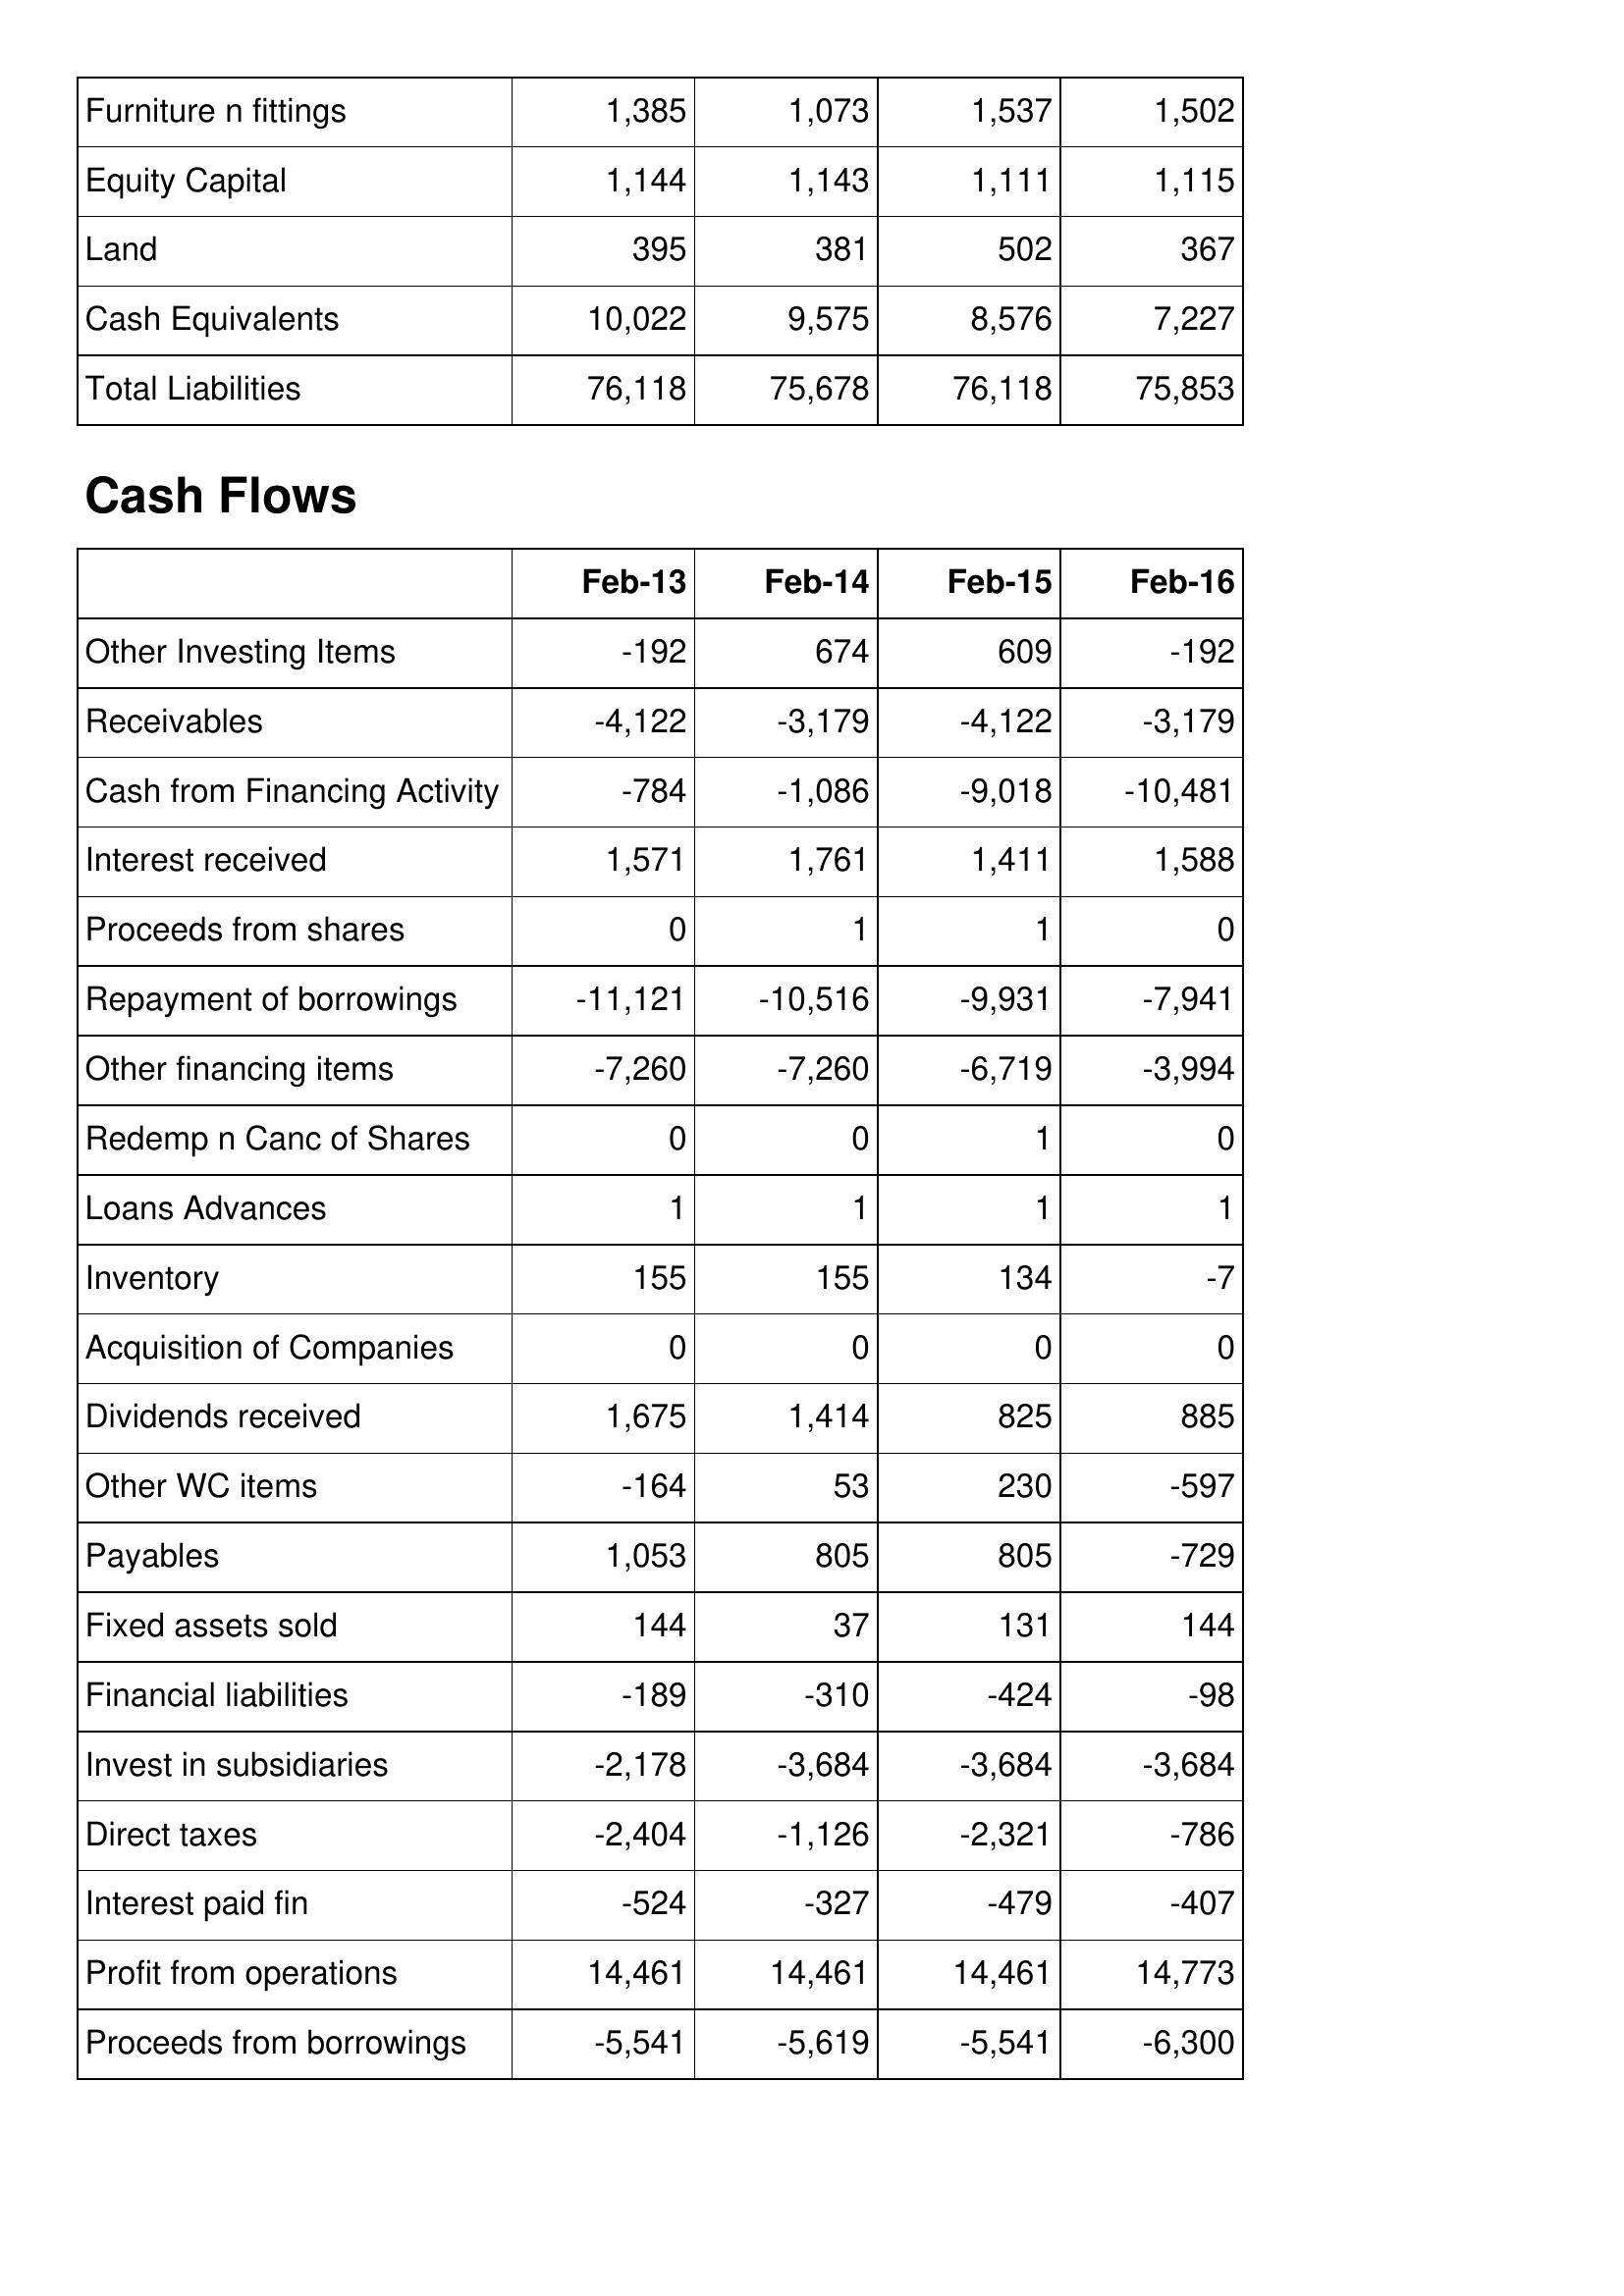
Feb-13: Balance Sheet: Furniture n fittings: 1,385
Equity Capital: 1,144
Land: 395
Cash Equivalents: 10,022
Total Liabilities: 76,118
Cash Flows: Other Investing Items: -192
Receivables: -4,122
Cash from Financing Activity: -784
Interest received: 1,571
Proceeds from shares: 0
Repayment of borrowings: -11,121
Other financing items: -7,260
Redemp n Canc of Shares: 0
Loans Advances: 1
Inventory: 155
Acquisition of Companies: 0
Dividends received: 1,675
Other WC items: -164
Payables: 1,053
Fixed assets sold: 144
Financial liabilities: -189
Invest in subsidiaries: -2,178
Direct taxes: -2,404
Interest paid fin: -524
Profit from operations: 14,461
Proceeds from borrowings: -5,541
Feb-14: Balance Sheet: Furniture n fittings: 1,073
Equity Capital: 1,143
Land: 381
Cash Equivalents: 9,575
Total Liabilities: 75,678
Cash Flows: Other Investing Items: 674
Receivables: -3,179
Cash from Financing Activity: -1,086
Interest received: 1,761
Proceeds from shares: 1
Repayment of borrowings: -10,516
Other financing items: -7,260
Redemp n Canc of Shares: 0
Loans Advances: 1
Inventory: 155
Acquisition of Companies: 0
Dividends received: 1,414
Other WC items: 53
Payables: 805
Fixed assets sold: 37
Financial liabilities: -310
Invest in subsidiaries: -3,684
Direct taxes: -1,126
Interest paid fin: -327
Profit from operations: 14,461
Proceeds from borrowings: -5,619
Feb-15: Balance Sheet: Furniture n fittings: 1,537
Equity Capital: 1,111
Land: 502
Cash Equivalents: 8,576
Total Liabilities: 76,118
Cash Flows: Other Investing Items: 609
Receivables: -4,122
Cash from Financing Activity: -9,018
Interest received: 1,411
Proceeds from shares: 1
Repayment of borrowings: -9,931
Other financing items: -6,719
Redemp n Canc of Shares: 1
Loans Advances: 1
Inventory: 134
Acquisition of Companies: 0
Dividends received: 825
Other WC items: 230
Payables: 805
Fixed assets sold: 131
Financial liabilities: -424
Invest in subsidiaries: -3,684
Direct taxes: -2,321
Interest paid fin: -479
Profit from operations: 14,461
Proceeds from borrowings: -5,541
Feb-16: Balance Sheet: Furniture n fittings: 1,502
Equity Capital: 1,115
Land: 367
Cash Equivalents: 7,227
Total Liabilities: 75,853
Cash Flows: Other Investing Items: -192
Receivables: -3,179
Cash from Financing Activity: -10,481
Interest received: 1,588
Proceeds from shares: 0
Repayment of borrowings: -7,941
Other financing items: -3,994
Redemp n Canc of Shares: 0
Loans Advances: 1
Inventory: -7
Acquisition of Companies: 0
Dividends received: 885
Other WC items: -597
Payables: -729
Fixed assets sold: 144
Financial liabilities: -98
Invest in subsidiaries: -3,684
Direct taxes: -786
Interest paid fin: -407
Profit from operations: 14,773
Proceeds from borrowings: -6,300